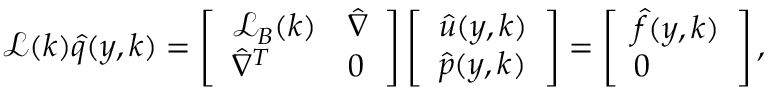
\mathcal { L } ( \boldsymbol { k } ) \boldsymbol { \hat { q } } ( y , \boldsymbol { k } ) = \left[ \begin{array} { l l } { \mathcal { L } _ { B } ( \boldsymbol { k } ) } & { \hat { \nabla } } \\ { \hat { \nabla } ^ { T } } & { 0 } \end{array} \right] \left[ \begin{array} { l } { \boldsymbol { \hat { u } } ( y , \boldsymbol { k } ) } \\ { \hat { p } ( y , \boldsymbol { k } ) } \end{array} \right] = \left[ \begin{array} { l } { \boldsymbol { \hat { f } } ( y , \boldsymbol { k } ) } \\ { 0 } \end{array} \right] ,